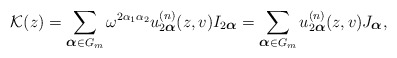
\begin{align*}{\cal K}(z)=\sum_{\mbox{\footnotesize\boldmath $\alpha $}\in G_m} \omega^{2\alpha_1 \alpha_2} u^{(n)}_{2\mbox{\footnotesize\boldmath $\alpha $}}(z,v) I_{2\mbox{\footnotesize\boldmath $\alpha $}}=\sum_{\mbox{\footnotesize\boldmath $\alpha $}\in G_m} u^{(n)}_{2\mbox{\footnotesize\boldmath $\alpha $}}(z,v) J_{\mbox{\footnotesize\boldmath $\alpha $}},\end{align*}